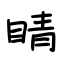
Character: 睛